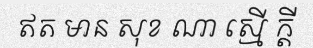
ឥត មាន សុខ ណា ស្មើ ក្តី